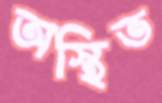
অস্থিত